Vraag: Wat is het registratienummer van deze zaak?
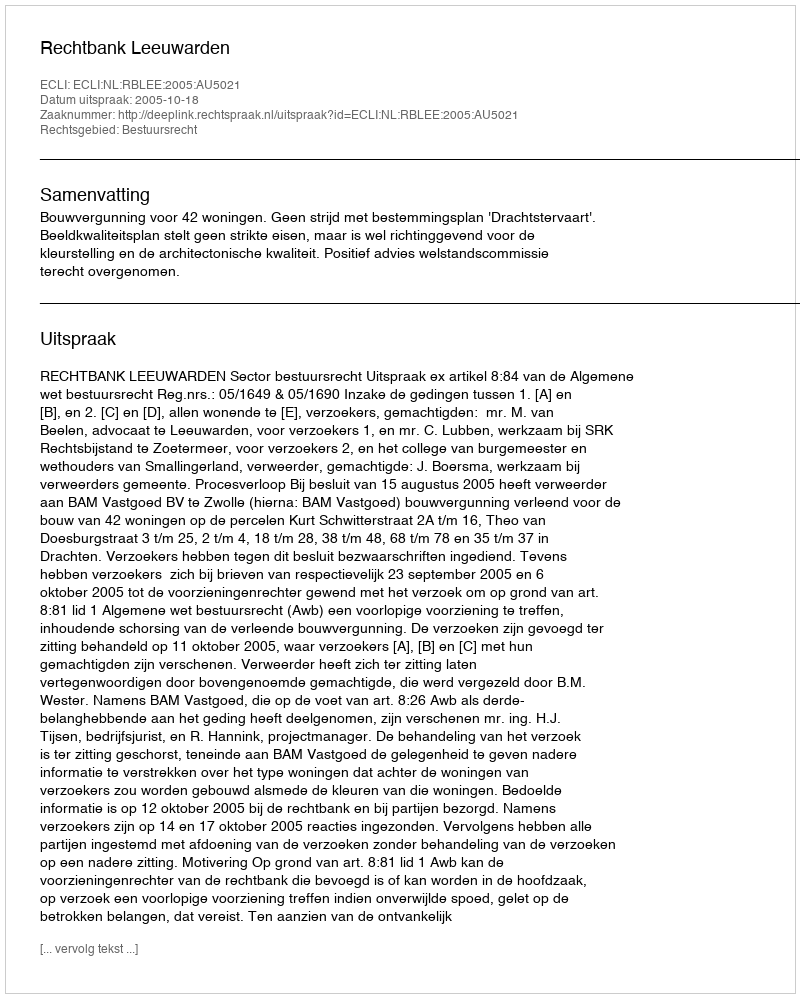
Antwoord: http://deeplink.rechtspraak.nl/uitspraak?id=ECLI:NL:RBLEE:2005:AU5021